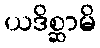
ယဒိစ္ဆာမိ